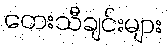
တေးသီချင်းများ